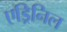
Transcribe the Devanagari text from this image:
एड्रिनिल